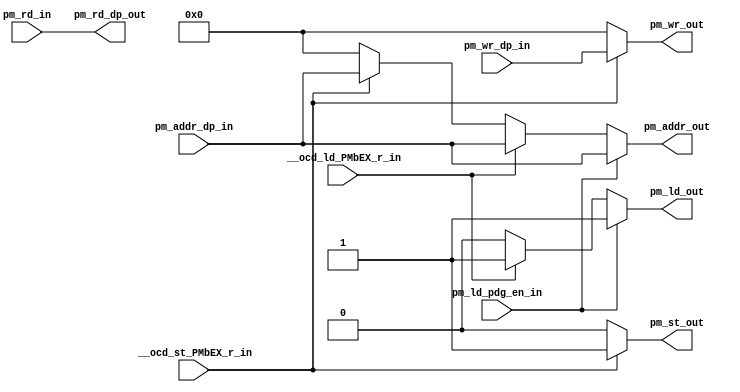

// File generated by Go version U-2022.12#33f3808fcb#221128, Thu Jan 25 16:08:15 2024
// Copyright 2014-2022 Synopsys, Inc. All rights reserved.
// go -I../lib -F -DSYNTHESIS_NO_UNGROUP -D__tct_patch__=0 -Verilog -otrv32p3_cnn_vlog -cgo_options.cfg -Itrv32p3_cnn_vlog/tmp_pdg -updg -updg_controller trv32p3_cnn



`timescale 1ns/1ps

// module mem_PMb : mem_PMb
module mem_PMb
  ( input             __ocd_ld_PMbEX_r_in, // bool
    input             __ocd_st_PMbEX_r_in, // bool
    input             pm_ld_pdg_en_in, // std_logic
    input      [31:0] pm_addr_dp_in, // addr
    input      [31:0] pm_rd_in, // iword
    input      [31:0] pm_wr_dp_in, // iword
    output reg [31:0] pm_addr_out, // addr
    output reg        pm_ld_out, // std_logic
    output reg [31:0] pm_rd_dp_out, // iword
    output reg        pm_st_out, // std_logic
    output reg [31:0] pm_wr_out // iword
  );


  always @ (*)

  begin : p_mem_PMb

    pm_addr_out = 32'h0;
    pm_ld_out = 1'h0;
    // pm_rd_dp_out = 32'h0;
    pm_st_out = 1'h0;
    pm_wr_out = 32'h0;

    // (cp_extin_pm_rd_ld_PM_pm_addr___ocd_ld_PMbEX_r_EX_alw, cp_extad_PM_st_pm_wr_pm_addr___ocd_st_PMbEX_r_EX_alw, cp_extad_pm_rd_ld_PM_pm_addr___ocd_ld_PMbEX_r_EX_alw, cp_extout_PM_st_pm_wr_pm_addr___ocd_st_PMbEX_r_EX_alw, cp_extin_pm_rd_rd_PM_pm_addr_pm_ld_pdg_en, mem_enab_PM_st_pm_wr_pm_addr___ocd_st_PMbEX_r_EX_alw, mem_enab_pm_rd_ld_PM_pm_addr___ocd_ld_PMbEX_r_EX_alw, mem_enab_pm_rd_rd_PM_pm_addr_pm_ld_pdg_en, cp_extad_pm_rd_rd_PM_pm_addr_pm_ld_pdg_en)
    // [ocd.n:89]
    pm_rd_dp_out = pm_rd_in;
    if (__ocd_st_PMbEX_r_in)
    begin
      // [ocd.n:95]
      pm_addr_out = pm_addr_dp_in;
    end
    if (__ocd_ld_PMbEX_r_in)
    begin
      // [ocd.n:89]
      pm_addr_out = pm_addr_dp_in;
    end
    if (__ocd_st_PMbEX_r_in)
    begin
      // [ocd.n:95]
      pm_wr_out = pm_wr_dp_in;
    end
    if (__ocd_st_PMbEX_r_in)
    begin
      // [ocd.n:95]
      pm_st_out = 1'b1;
    end
    if (__ocd_ld_PMbEX_r_in)
    begin
      // [ocd.n:89]
      pm_ld_out = 1'b1;
    end
    if (pm_ld_pdg_en_in)
    begin
      pm_ld_out = 1'b1;
      pm_addr_out = pm_addr_dp_in;
    end

  end

endmodule